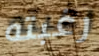
رغبته